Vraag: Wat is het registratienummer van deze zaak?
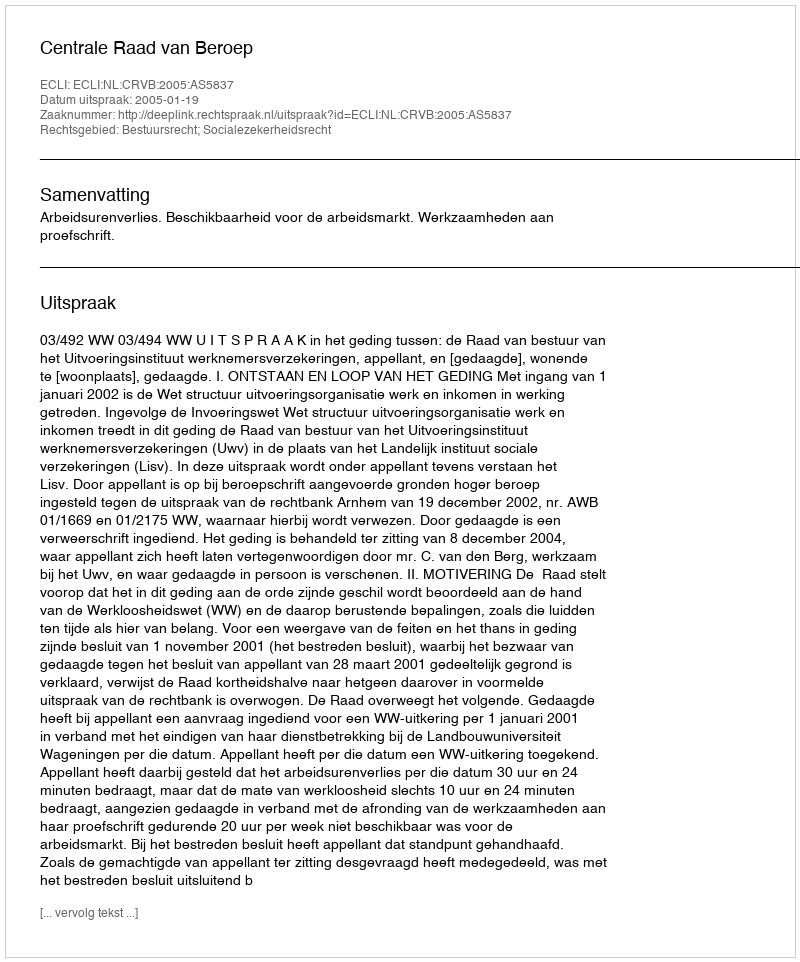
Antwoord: http://deeplink.rechtspraak.nl/uitspraak?id=ECLI:NL:CRVB:2005:AS5837